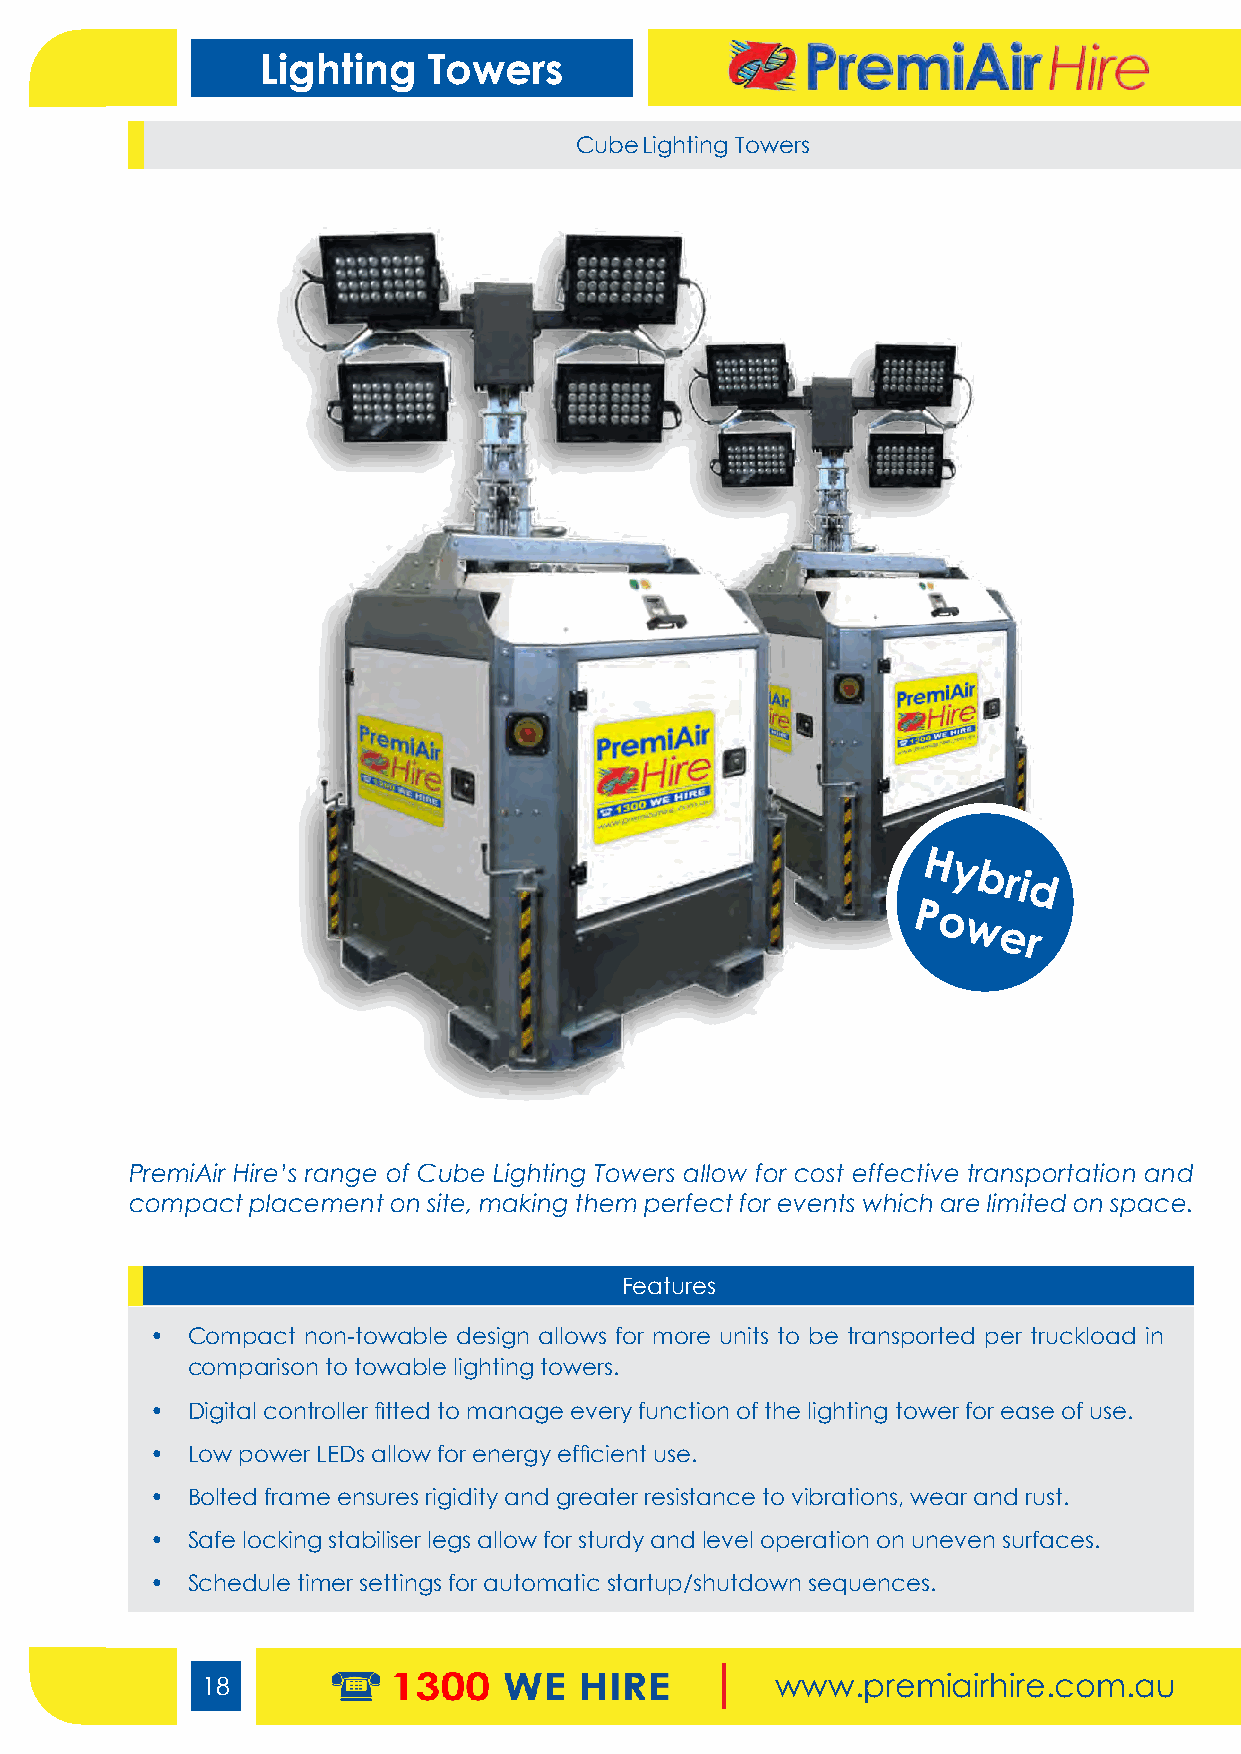
Lighting   Towers
 Cube Lighting Towers
 H
 y
 bri
 d
 P
 o
 w
 er
 PremiAir Hire’s range of Cube Lighting Towers allow for cost effective transportation and
 compact placement on site, making them perfect for events which are limited on space.
 Features
 • Compact non-towable design allows for more units to be transported per truckload in
 comparison to towable lighting towers.
 • Digital controller fitted to manage every function of the lighting tower for ease of use.
 • Low power LEDs allow for energy efficient use.
 • Bolted frame ensures rigidity and greater resistance to vibrations, wear and rust.
 • Safe locking stabiliser legs allow for sturdy and level operation on uneven surfaces.
 • Schedule timer settings for automatic startup/shutdown sequences.
 18                                    www.premiairhire.com.au